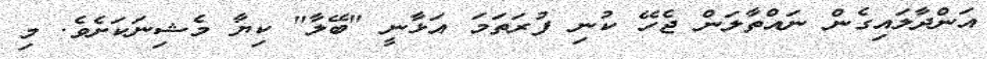
އަންދާލައިގެން ނައްތާލަން ޖެހޭ ކުނި ފުރަތަމަ އަޅާނީ "ބޭލާ" ކިޔާ މެޝިނަކަށެވެ. މި